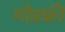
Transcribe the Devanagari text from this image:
गोडफ्री